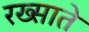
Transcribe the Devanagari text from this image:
रख्साते